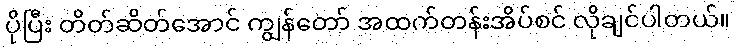
ပိုပြီး တိတ်ဆိတ်အောင် ကျွန်တော် အထက်တန်းအိပ်စင် လိုချင်ပါတယ်။